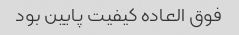
فوق العاده کیفیت پایین بود